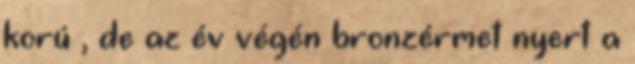
korú , de az év végén bronzérmet nyert a